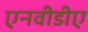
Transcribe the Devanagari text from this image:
एनवीडीए